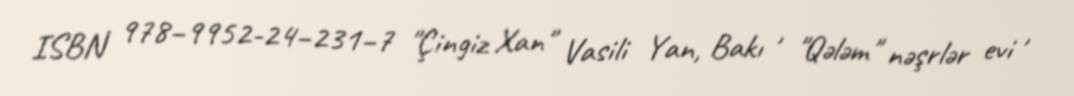
ISBN 978–9952-24–231–7 "Çingiz Xan" Vasili Yan, Bakı , "Qələm" nəşrlər evi ,